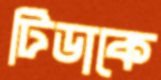
টিডাকে